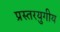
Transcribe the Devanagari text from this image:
प्रस्तरयुगीय